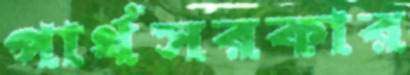
পার্থসরকার